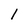
Character: 1